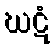
ဃဋံ